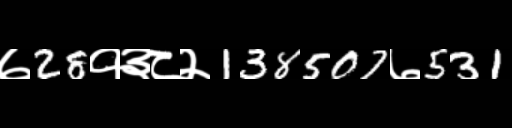
Text: ७28१३८२138507७531